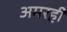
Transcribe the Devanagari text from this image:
अमरही